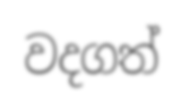
වදගත්